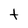
Character: t